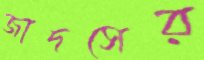
জাদসের